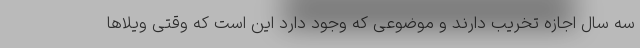
سه سال اجازه تخریب دارند و موضوعی که وجود دارد این است که وقتی ویلاها